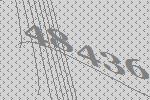
48436